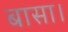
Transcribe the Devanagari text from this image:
बासा।